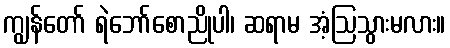
ကျွန်တော် ရဲဘော်စောညိုပါ၊ ဆရာမ အံ့ဩသွားမလား။